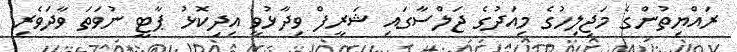
ރައްޔިތުންގެ މަޖިލިހުގެ މިއަދުގެ ޖަލްސާގައި ޝަރީފް ވިދާޅުވީ އިދިކޮޅު ޕާޓީ ނުވަތަ ވާދަވެރި